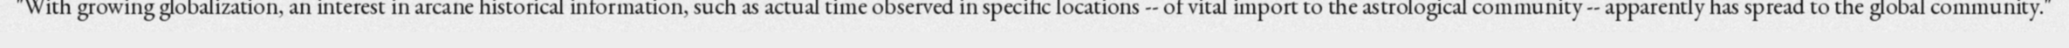
"With growing globalization, an interest in arcane historical information, such as actual time observed in specific locations -- of vital import to the astrological community -- apparently has spread to the global community."